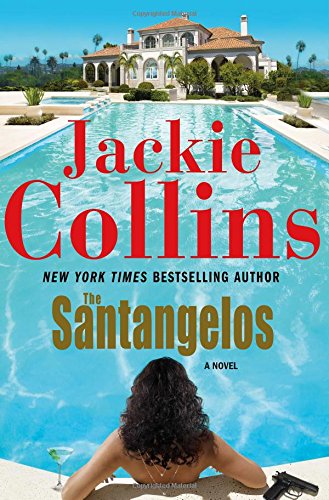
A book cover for The Santangelos: A Novel; Jackie Collins; Romance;